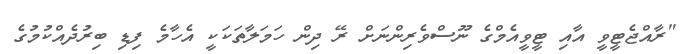
"ރާއްޖެޓީވީ އާއި ޓީވީއެމްގެ ނޫސްވެރިންނަށް ރޭ ދިން ހަމަލާތަކަކީ އެހާމެ ފިޑި ބިރުދެއްކުމުގެ